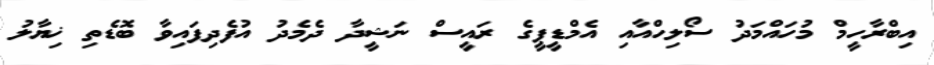
އިބްރާހީމް މުހައްމަދު ސޯލިހްއާއި އެމްޑީޕީގެ ރައީސް ނަޝީދާ ދެމެދު އުފެދިފައިވާ ބޮޑެތި ޚިޔާލު